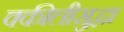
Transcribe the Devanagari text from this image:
वकीलीसुद्धा